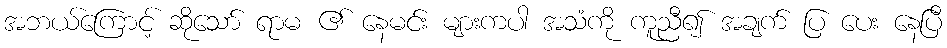
အဘယ်ကြောင့် ဆိုသော် ရာမ ၏ နေမင်း များကပါ အသံကို ကူညီ၍ အချက် ပြ ပေး နေပြီ